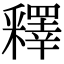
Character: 釋